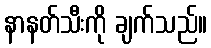
နာနတ်သီးကို ချက်သည်။